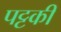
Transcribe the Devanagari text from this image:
पट्टकी